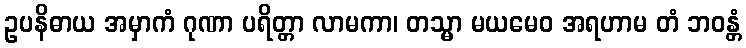
ဥပနိဓာယ အမှာကံ ဂုဏာ ပရိတ္တာ လာမကာ၊ တသ္မာ မယမေဝ အရဟာမ တံ ဘဝန္တံ